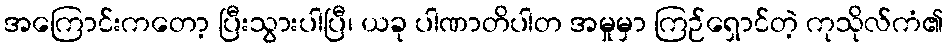
အကြောင်းကတော့ ပြီးသွားပါပြီ၊ ယခု ပါဏာတိပါတ အမှုမှာ ကြဉ်ရှောင်တဲ့ ကုသိုလ်ကံ၏